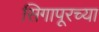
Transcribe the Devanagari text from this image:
सिगापूरच्या